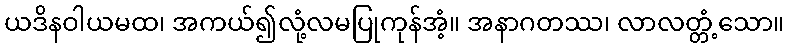
ယဒိနဝါယမထ၊ အကယ်၍လုံ့လမပြုကုန်အံ့။ အနာဂတဿ၊ လာလတ္တံ့သော။